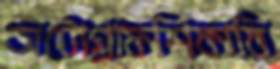
অটোগ্রাফশিকারি